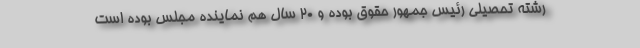
رشته تحصیلی رئیس جمهور حقوق بوده و 20 سال هم نماینده مجلس بوده است